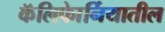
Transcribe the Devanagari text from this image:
कॅलिफाेर्नियातील